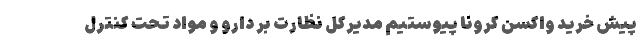
پیش خرید واکسن کرونا پیوستیم مدیرکل نظارت بر دارو و مواد تحت کنترل